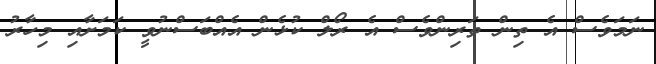
ނަމަވެސް އެ ތިން ތަރިންވެސް އެ ރޯލް ކުޅެން އެއްބަސްނުވީ ކަމަށާއި މިހާރު